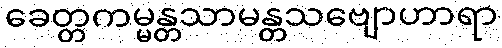
ခေတ္တကမ္မန္တသာမန္တသဗျောဟာရာ